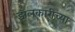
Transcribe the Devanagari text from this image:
झलकारीच्या